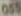
055